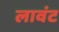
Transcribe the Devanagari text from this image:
लावंट